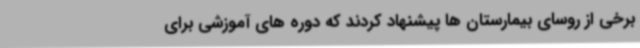
برخی از روسای بیمارستان ها پیشنهاد کردند که دوره های آموزشی برای